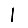
Digit: 1